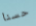
حسنا